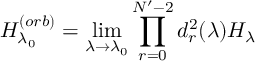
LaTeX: H _ { \lambda _ { 0 } } ^ { ( o r b ) } = \operatorname * { l i m } _ { \lambda \rightarrow \lambda _ { 0 } } \prod _ { r = 0 } ^ { N ^ { \prime } - 2 } d _ { r } ^ { 2 } ( \lambda ) H _ { \lambda }